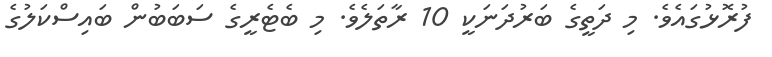
ފުރޮޅުގައެވެ. މި ދަތީގެ ބަރުދަނަކީ 10 ރާތަލެވެ. މި ބެޓެރީގެ ސަބަބުން ބައިސްކަލުގެ